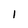
Character: I